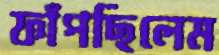
ফাঁপছিলেম